Civil Veterinary Dept. Bombay admin report 1900-1906 - 1900-1906
Year: 1900
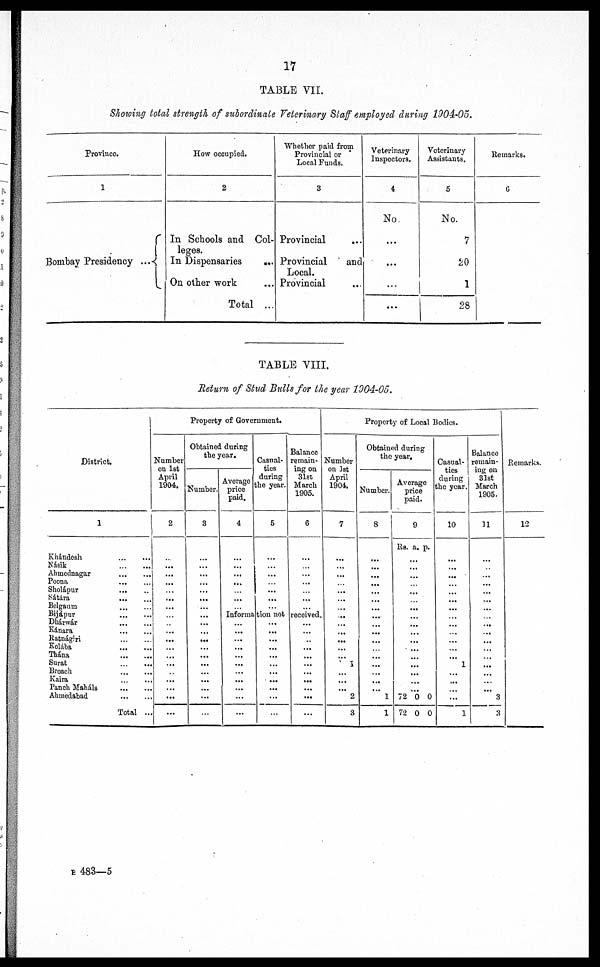
17
TABLE VII.
Showing total strength of subordinate Veterinary Staff employed during 1904-05.
Province.
1
Bombay Presidency ...
How occupied.
2
In Schools and Col-
leges.
In Dispensaries
...
On other work
Total ...
Whether paid from
Provincial or
Local Funds.
3
Provincial
Provincial
and
Local.
Provincial
Veterinary
Inspectors.
4
No
...
...
...
Veterinary
Assistants.
5
No.
7
20
1
28
Remarks.
6
TABLE VIII.
Return of Stud Bulls for the year 1904-05.
District.
1
Khándesh
...
...
Násik
...
...
Ahmednagar
...
...
Poona
...
...
Sholápur ......
Sátára
...
...
Belgaum
...
...
Bijápur ......
Dhárwár
...
...
Kánara
...
...
Ratnágiri ......
Kolába ......
Thána ......
Surat
...
...
Broach
......
Kaira
...
...
Panch Maháls
...
...
Ahmedabad
...
...
Total ...
Property of Government.
Number
on 1st
April
1904.
2
...
...
...
...
...
...
...
...
...
...
...
...
...
...
...
...
...
Obtained during
the year.
Number.
3
...
...
...
...
...
...
...
...
...
...
...
...
...
...
...
...
......
Average
price
paid.
4
...
...
...
...
...
...
Casual-
ties
daring
the year.
5
...
...
...
...
...
...
Balance
remain-
ing on
31st
March
1905.
6
...
...
...
...
...
Informa tion not received.
...
...
...
...
...
...
...
...
...
...
...
...
...
...
...
...
...
...
...
...
...
...
...
...
...
...
...
...
...
...
...
Property of Local Bodies.
Number
on 1st
April
1904.
7
...
...
...
...
...
...
...
...
...
...
...
...
1
...
...
... 2
3
Obtained during
the year.
Number.
8
...
...
...
...
...
...
...
...
...
...
...
...
... 1
1
Average
price
paid.
9
Rs. a. p.
...
...
...
...
...
...
...
...
...
...
...
...
72 0 0
72 0 0
Casual-
ties
during
the year.
10
...
...
...
...
...
...
...
...
...
...
...
1
...
...
1
Balance
remain-
ing on
31st
March
1905.
31
...
...
...
...
...
...
...
...
...
...
...
...
... 3
3
Remarks.
12
B 483—5